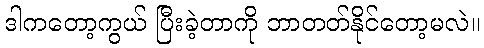
ဒါကတော့ကွယ် ပြီးခဲ့တာကို ဘာတတ်နိုင်တော့မလဲ။